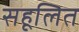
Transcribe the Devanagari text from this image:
सहूलित